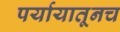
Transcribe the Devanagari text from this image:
पर्यायातूनच